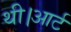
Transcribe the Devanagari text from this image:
थी।आर्ट